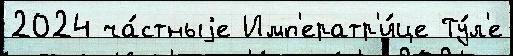
2024 ча́стныjе Имп'ератр'и́це Ту́л'е